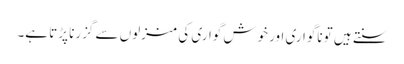
سنتے ہیں تو ناگواری اور خوش گواری کی منزلوں سے گزرنا پڑتا ہے۔